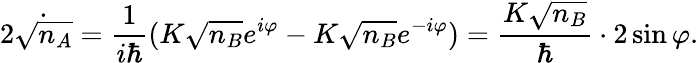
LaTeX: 2{\dot{\sqrt{n_{A}}}}={\frac{1}{i\hbar}}(K{\sqrt{n_{B}}}e^{i\varphi}-K{\sqrt{n_{B}}}e^{-i\varphi})={\frac{K{\sqrt{n_{B}}}}{\hbar}}\cdot 2\sin\varphi.